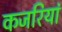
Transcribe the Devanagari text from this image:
कजरियां